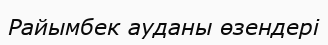
Райымбек ауданы өзендері